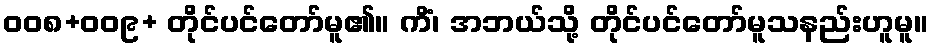
၀၀၈+၀၀၉+ တိုင်ပင်တော်မူ၏။ ကိံ၊ အဘယ်သို့ တိုင်ပင်တော်မူသနည်းဟူမူ။